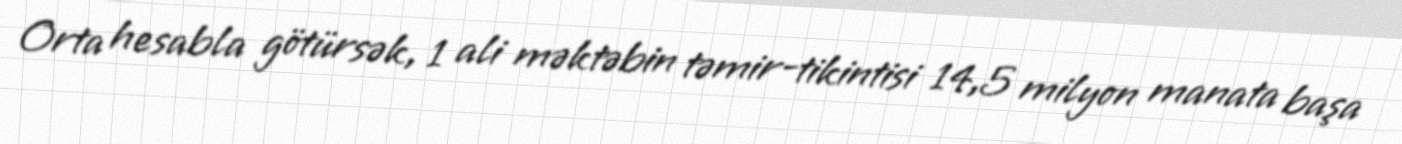
Orta hesabla götürsək, 1 ali məktəbin təmir-tikintisi 14,5 milyon manata başa